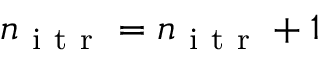
n _ { \mathrm { ~ i ~ t ~ r ~ } } = n _ { \mathrm { ~ i ~ t ~ r ~ } } + 1